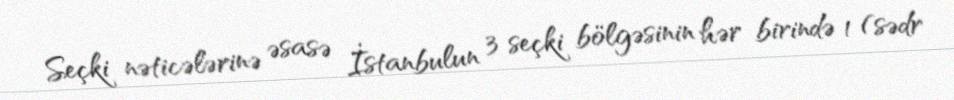
Seçki nəticələrinə əsasə İstanbulun 3 seçki bölgəsinin hər birində 1 (sədr